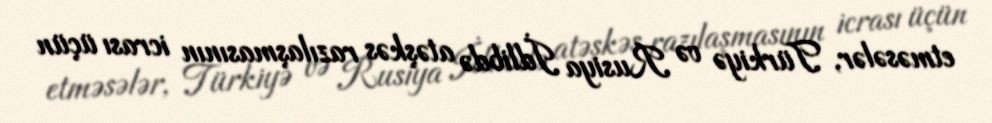
etməsələr, Türkiyə və Rusiya İdlibdə atəşkəs razılaşmasının icrası üçün